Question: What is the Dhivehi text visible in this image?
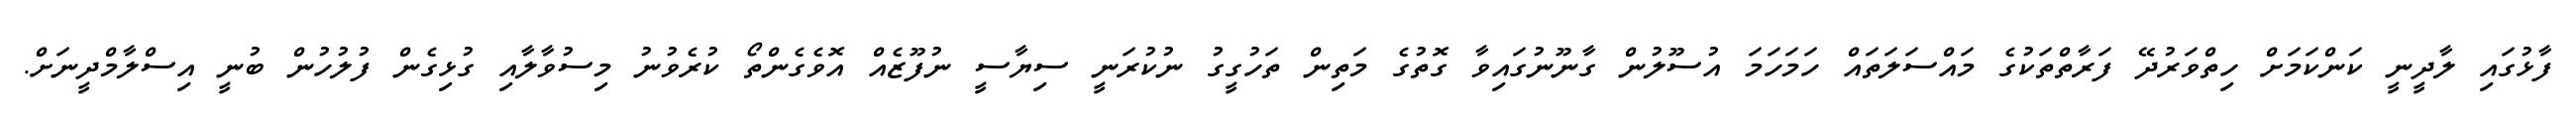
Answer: ފާޅުގައި ލާދީނީ ކަންކަމަށް ހިތްވަރުދޭ ފަރާތްތަކުގެ މައްސަލަތައް ހަމަހަމަ އުސޫލުން ގާނޫނުގައިވާ ގޮތުގެ މަތިން ތަހުގީގު ނުކުރަނީ ސިޔާސީ ނުފޫޒެއް އޮވެގެންތޯ ކުރެވުނު މިސުވާލާއި ގުޅިގެން ފުލުހުން ބުނީ އިސްލާމްދީނަށް.